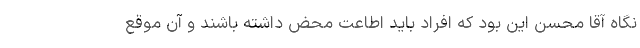
نگاه آقا محسن این بود که افراد باید اطاعت محض داشته باشند و آن موقع